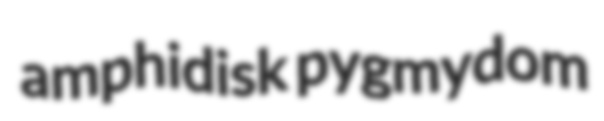
amphidisk pygmydom